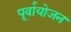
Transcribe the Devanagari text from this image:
पूर्वायोजन